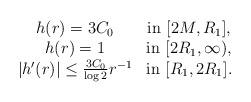
LaTeX: \begin{align*}\begin{array}{cc}h(r)= 3C_0 &\textup{in}\ [2M,R_1],\\h(r)= 1 &\textup{in}\ [2R_1,\infty),\\|h'(r)|\leq \frac{3C_0}{\log 2}r^{-1} &\textup{in}\ [R_1,2R_1].\end{array}\end{align*}